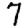
Digit: 7